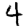
Digit: 4